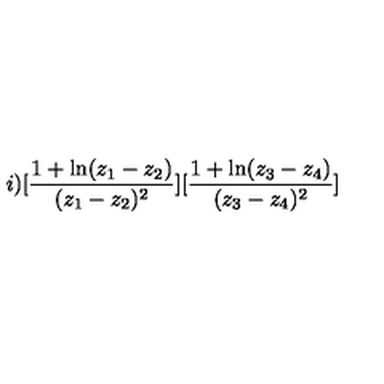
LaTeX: i ) [ \frac { 1 + \ln ( z _ { 1 } - z _ { 2 } ) } { ( z _ { 1 } - z _ { 2 } ) ^ { 2 } } ] [ \frac { 1 + \ln ( z _ { 3 } - z _ { 4 } ) } { ( z _ { 3 } - z _ { 4 } ) ^ { 2 } } ]